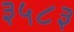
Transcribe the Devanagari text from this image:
३५८३